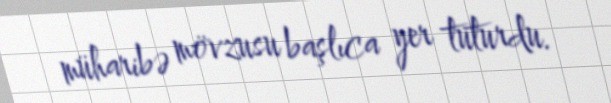
müharibə mövzusu başlıca yer tuturdu.